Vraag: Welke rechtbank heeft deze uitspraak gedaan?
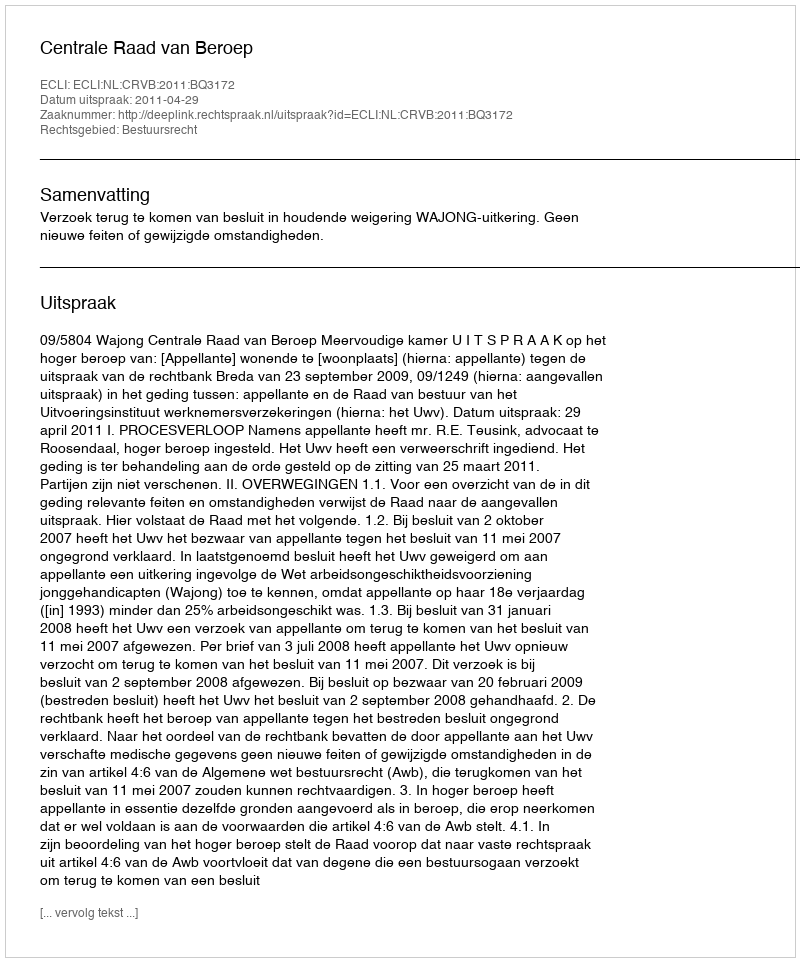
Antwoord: Centrale Raad van Beroep